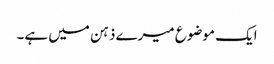
ایک موضوع میرے ذہن میں ہے۔